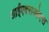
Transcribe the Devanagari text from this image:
आईएक्सओएस